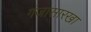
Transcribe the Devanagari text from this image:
गंजासारखा